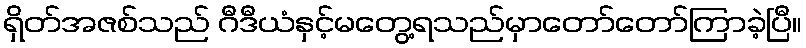
ရှိတ်အဇစ်သည် ဂီဒီယံနှင့်မတွေ့ရသည်မှာတော်တော်ကြာခဲ့ပြီ။